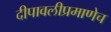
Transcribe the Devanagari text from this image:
दीपावलीप्रमाणेच